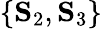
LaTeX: \{ \mathbf{S}_{2},\mathbf{S}_{3}\}